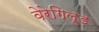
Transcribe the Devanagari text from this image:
वेरेगिल्ड